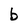
Character: b